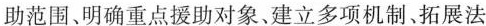
助范围、明确重点援助对象、建立多项机制、拓展法